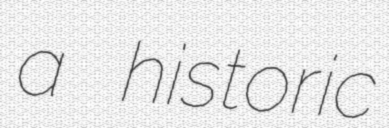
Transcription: a historic